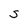
Character: S